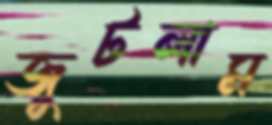
জুটলাম